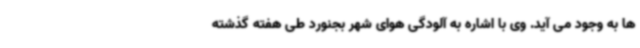
ها به وجود می آید. وی با اشاره به آلودگی هوای شهر بجنورد طی هفته گذشته